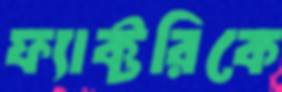
ফ্যাক্টরিকে